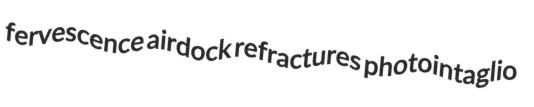
fervescence airdock refractures photointaglio